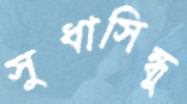
সুধাসিন্ধু